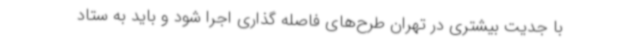
با جدیت بیشتری در تهران طرح‌های فاصله گذاری اجرا شود و باید به ستاد